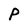
Character: P